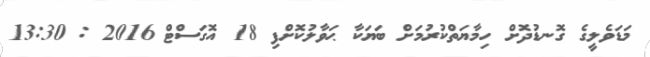
މަޑަވެލީގެ ގޮނޑުދޮށް ހިމާޔަތްކުރުމަށް ބަޔަކާ ޙަވާލުކޮށްފި 18 އޮގަސްޓް 2016 : 13:30